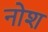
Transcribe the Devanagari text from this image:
नोश